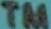
TM